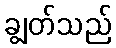
ချွတ်သည်